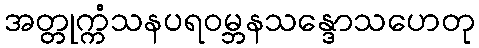
အတ္တုက္ကံသနပရဝမ္ဘနသန္ဒောသဟေတု